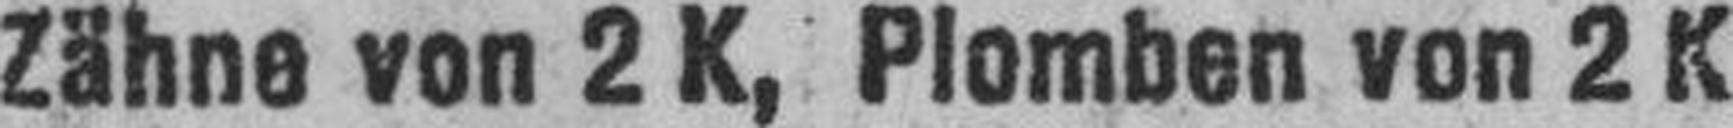
Zähne von 2 K, Plomben von 2 K.